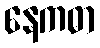
နေကဓာ